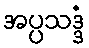
အပ္ပသဒ္ဒံ